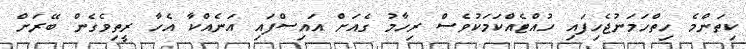
ކިތަންމެ ހިތްހަމަނުޖެހިފައި ހުއްޓެއްކަމަކުވެސް ރިހާމު ގެއަށް އައިސްފައި އަނެއްކާ އެހާ ރީތިވެގެން ބޭރަށް